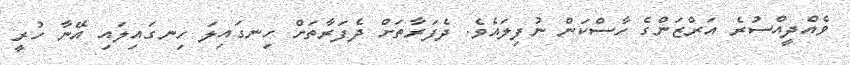
ވެއްދީއްސުރެ އަރްޒަންގެ ހާސްކަން ނުފިލައެވެ. ދެފަރާތަށް ދެފަރާތަށް ހިނގައިލަ ހިނގައިލައި އޭނާ ހުރީ